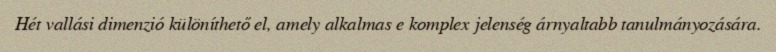
Hét vallási dimenzió különíthető el, amely alkalmas e komplex jelenség árnyaltabb tanulmányozására.